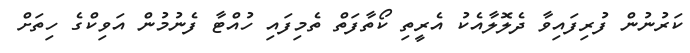
ކަރުނުން ފުރިފައިވާ ދެލޮލާއެކު އެރީތި ކޯތާފަތް ތެމިފައި ހުއްޓާ ފެނުމުން އަވިކްގެ ހިތަށް